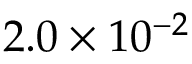
2 . 0 \times 1 0 ^ { - 2 }